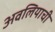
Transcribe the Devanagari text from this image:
अवलियाची